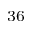
^ { 3 6 }